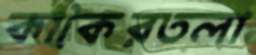
কাকৈরতলা